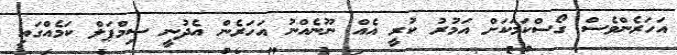
އަހަރެންވެސް ގޯސްކަމަކަށް އަމުރު ކުރީ އެއް ނޫނެއްނު އަހަރެން އެދުނީ ސިމްޕަލް ކަމެއްގައި